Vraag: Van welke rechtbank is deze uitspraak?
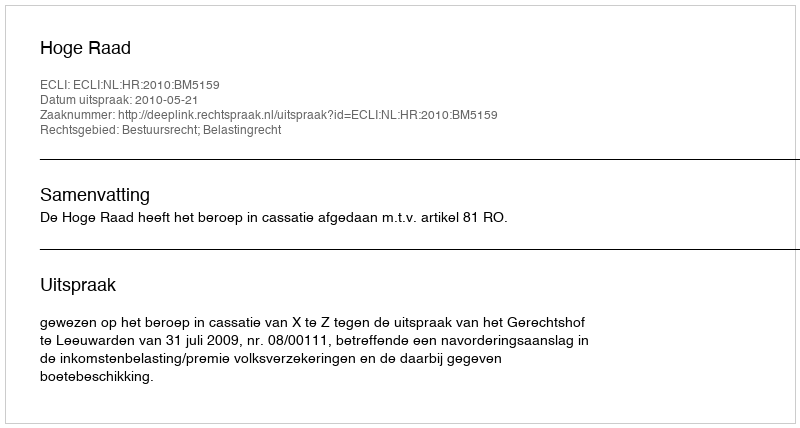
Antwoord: Hoge Raad